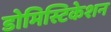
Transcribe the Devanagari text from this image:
डोमिस्टिकेशन